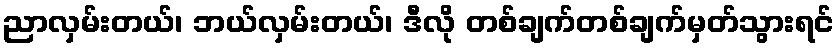
ညာလှမ်းတယ်၊ ဘယ်လှမ်းတယ်၊ ဒီလို တစ်ချက်တစ်ချက်မှတ်သွားရင်